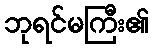
ဘုရင်မကြီး၏